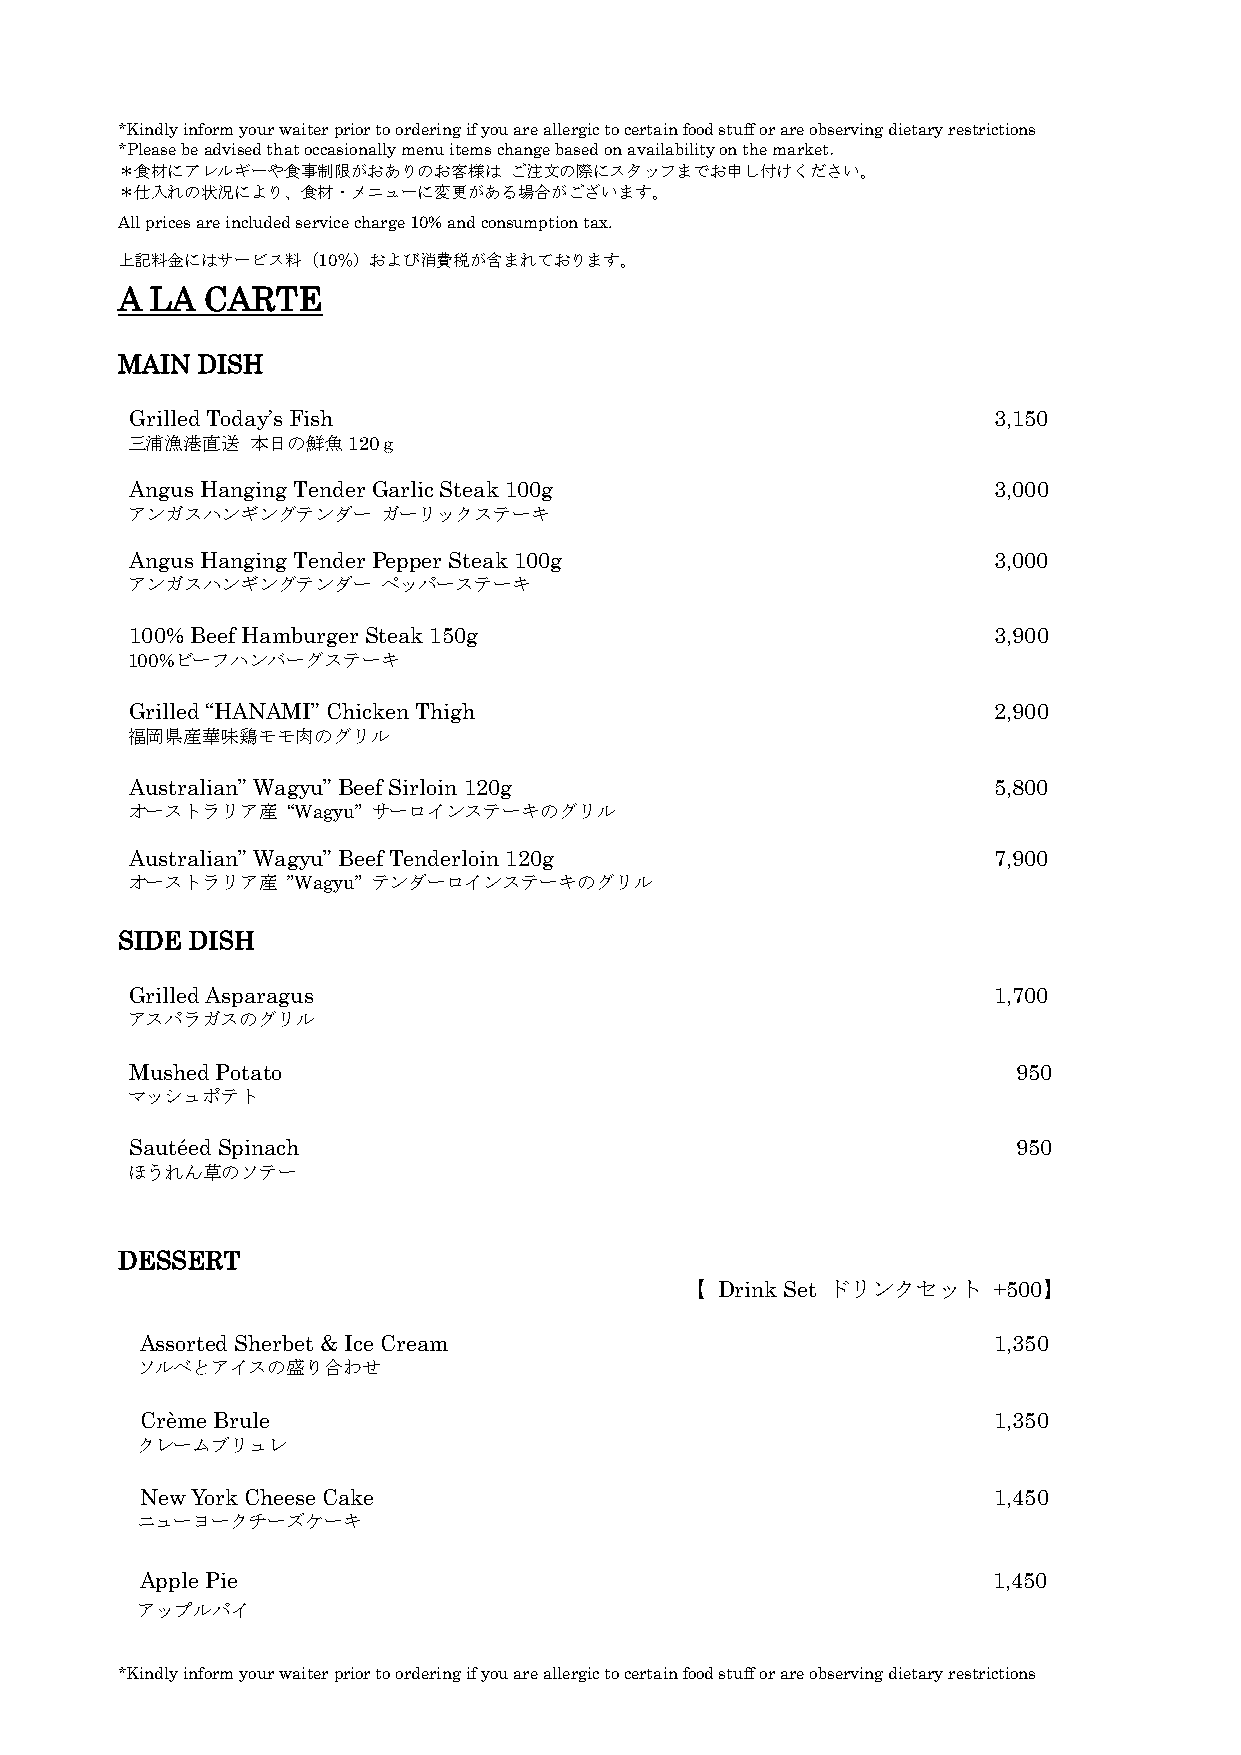
*Kindly inform your waiter prior to ordering if you are allergic to certain food stuff or are observing dietary restrictions
 *Please be advised that occasionally menu items change based on availability on the market．
 ＊食材にアレルギーや食事制限がおありのお客様は   ご注文の際にスタッフまでお申し付けください。
 ＊仕入れの状況により、食材・メニューに変更がある場合がございます。
 All prices are included service charge 10% and consumption tax.
 上記料金にはサービス料（10％）および消費税が含まれております。
 A LA CARTE
 MAIN DISH
 Grilled Today’s Fish                                     3,150
 三浦漁港直送   本日の鮮魚120ｇ
 Angus Hanging Tender Garlic Steak 100g                   3,000
 アンガスハンギングテンダー    ガーリックステーキ
 Angus Hanging Tender Pepper Steak 100g                   3,000
 アンガスハンギングテンダー    ペッパーステーキ
 100% Beef Hamburger Steak 150g                           3,900
 100%ビーフハンバーグステーキ
 Grilled “HANAMI” Chicken Thigh                           2,900
 福岡県産華味鶏モモ肉のグリル
 Australian” Wagyu” Beef Sirloin 120g                     5,800
 オーストラリア産   “Wagyu” サーロインステーキのグリル
 Australian” Wagyu” Beef Tenderloin 120g                  7,900
 オーストラリア産   ”Wagyu” テンダーロインステーキのグリル
 SIDE DISH
 Grilled Asparagus                                        1,700
 アスパラガスのグリル
 Mushed Potato                                             950
 マッシュポテト
 Sautéed Spinach                                           950
 ほうれん草のソテー
 DESSERT
 【 Drink Set ドリンクセット  +500】
 Assorted Sherbet & Ice Cream                             1,350
 ソルベとアイスの盛り合わせ
 Crème Brule                                              1,350
 クレームブリュレ
 New York Cheese Cake                                     1,450
 ニューヨークチーズケーキ
 Apple Pie                                                1,450
 アップルパイ
 *Kindly inform your waiter prior to ordering if you are allergic to certain food stuff or are observing dietary restrictions